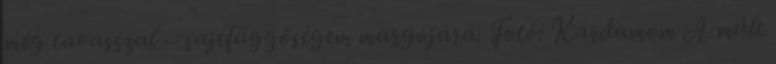
még tavasszal – sajtfüggőségem margójára. Fotó: Kardamom A múlt